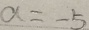
a = - 5